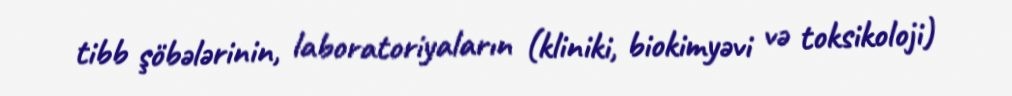
tibb şöbələrinin, laboratoriyaların (kliniki, biokimyəvi və toksikoloji)